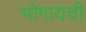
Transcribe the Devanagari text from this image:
भोगायची